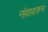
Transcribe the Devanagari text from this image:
नांवावरुन